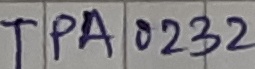
Text: TPA0232